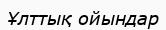
Ұлттық ойындар